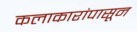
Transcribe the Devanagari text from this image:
कलाकारांपासून